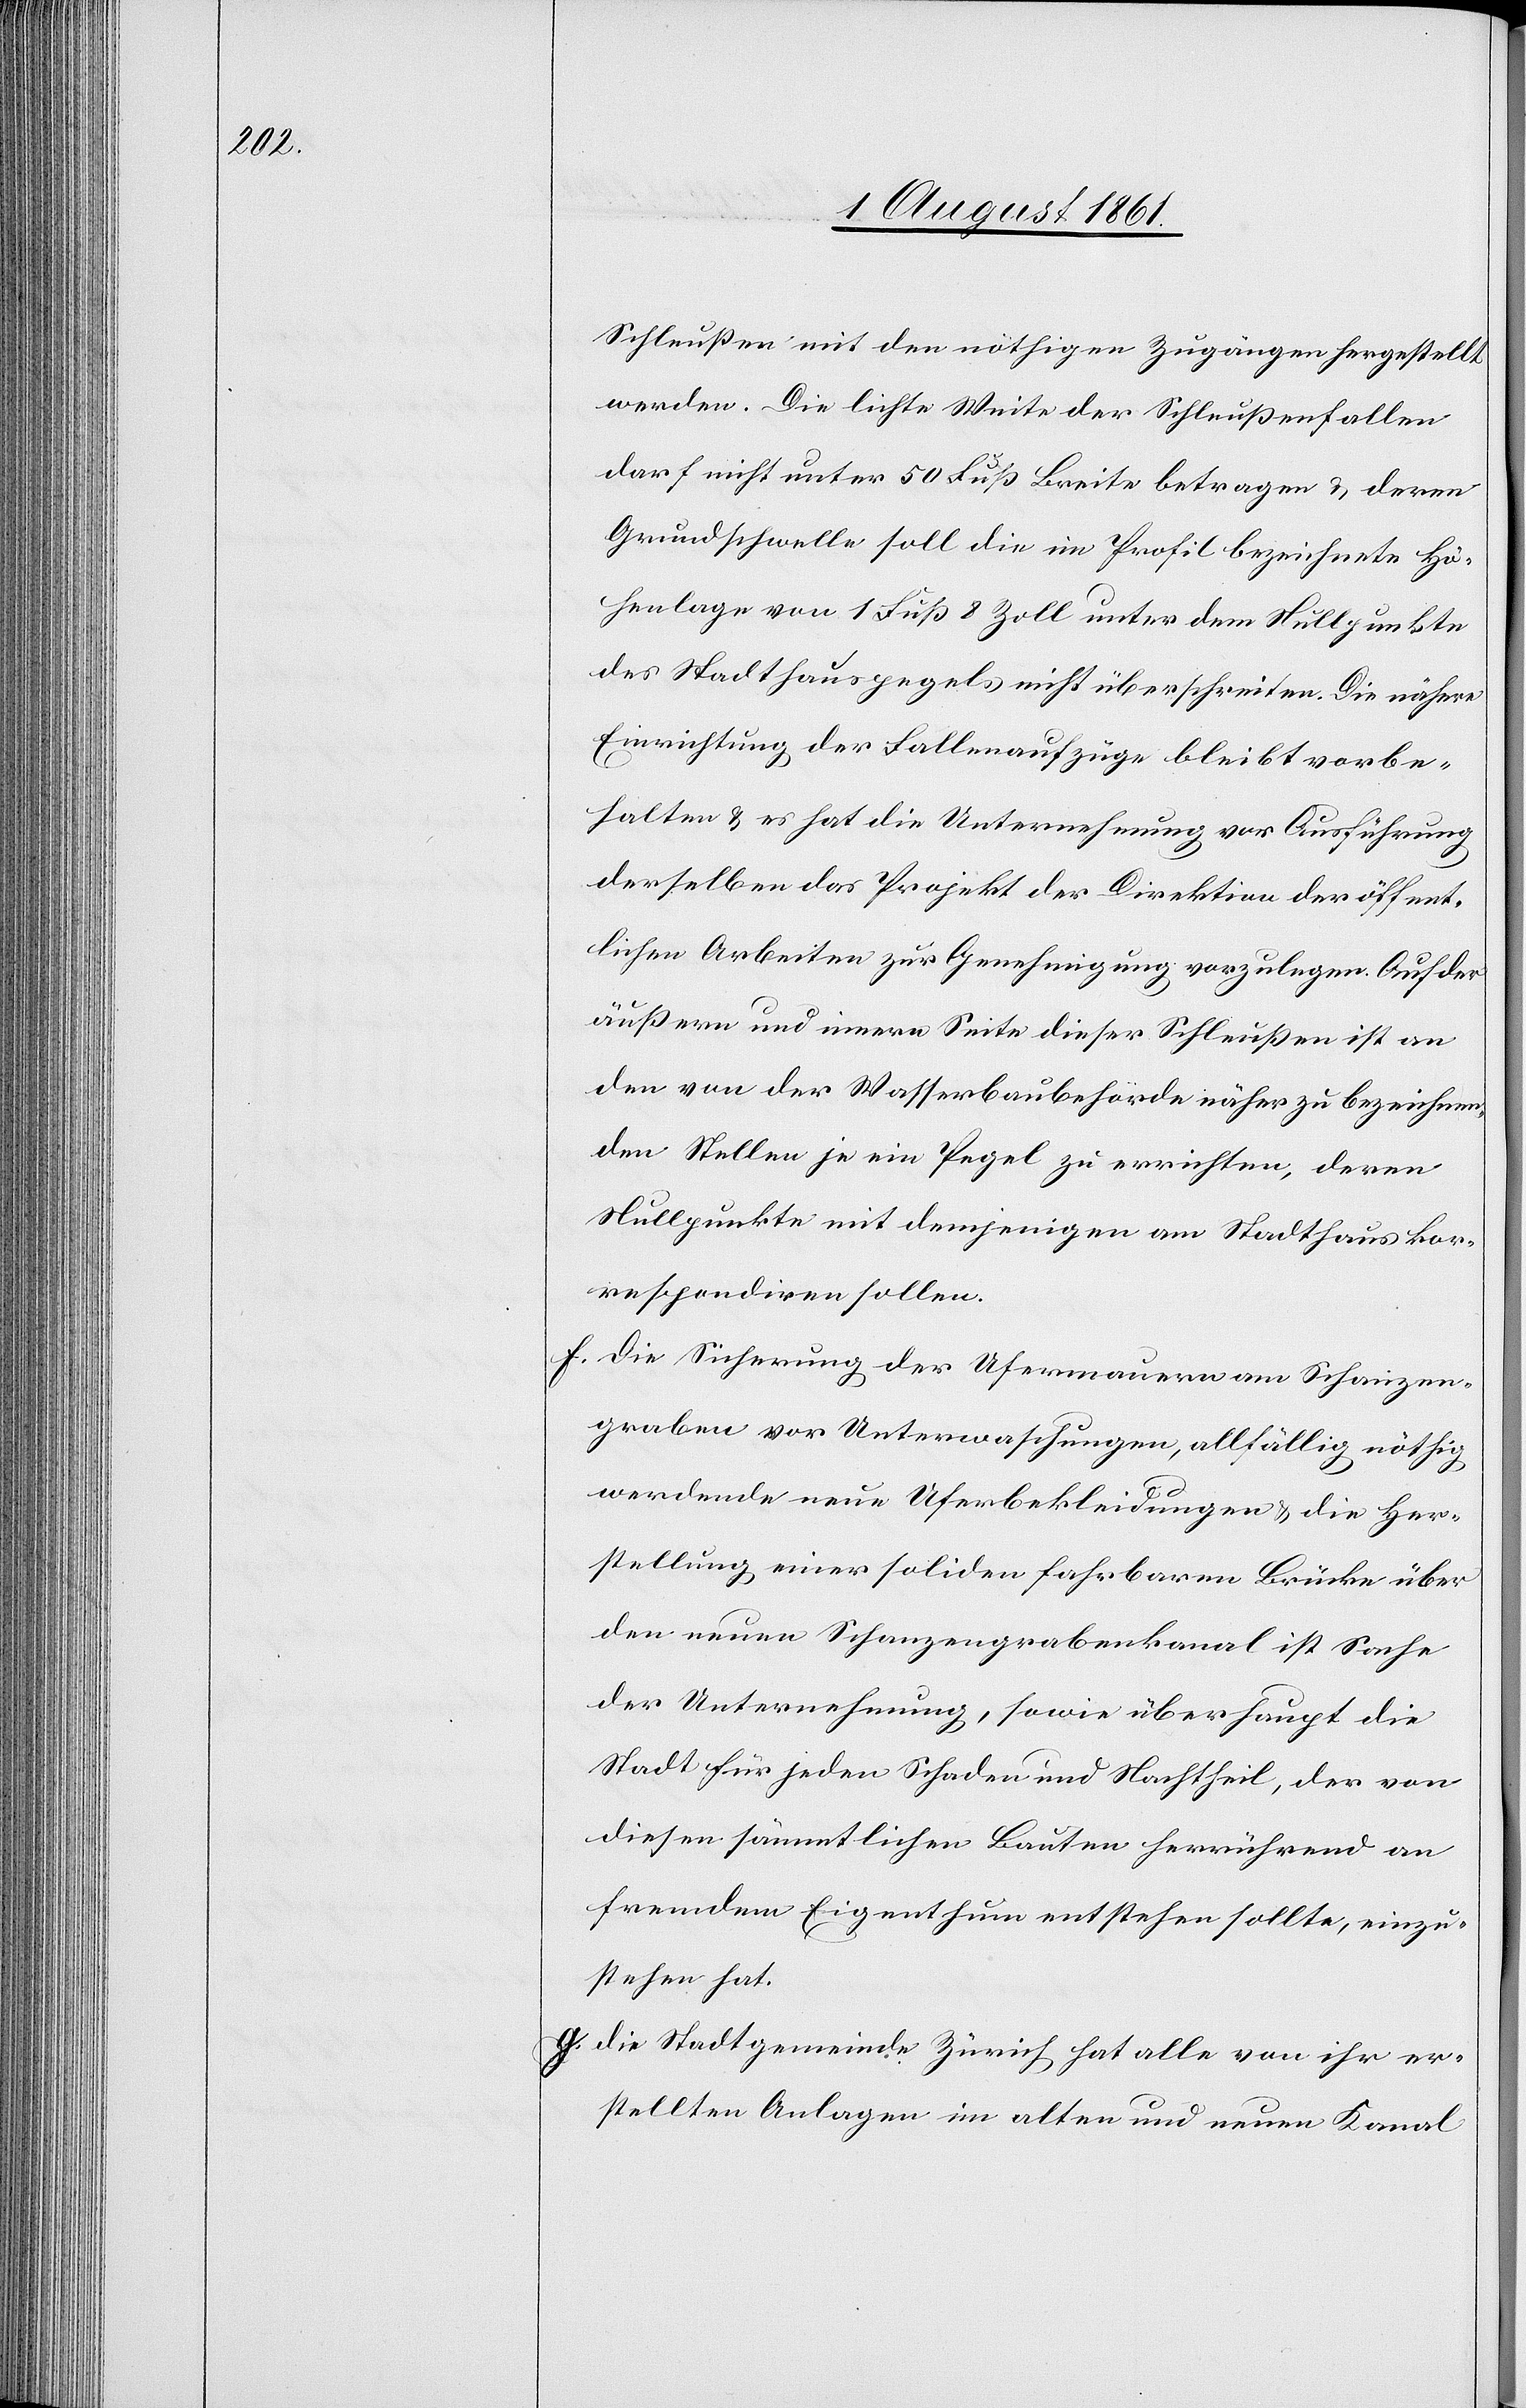
Schleußen mit den nöthigen Zugängen hergestellt
werden. Die lichte Weite der Schleußenfallen
darf nicht unter 50 Fuß Breite betragen u. deren
Grundschwelle soll die im Profil bezeichnete Hö¬
henlage von 1 Fuß 8 Zoll unter dem Nullpunkte
des Stadthauspegels nicht überschreiten. Die nähere
Einrichtung der Fallenaufzüge bleibt vorbe¬
halten u. es hat die Unternehmung vor Ausführung
derselben das Projekt der Direktion der öffent¬
lichen Arbeiten zur Genehmigung vorzulegen. Auf der
äußern und innern Seite dieser Schleußen ist an
den von der Wasserbaubehörde näher zu bezeichnen¬
den Stellen je ein Pegel zu errichten, deren
Nullpunkte mit denjenigen am Stadthaus kor¬
respondiren sollen.
f. die Sicherung der Ufermauern am Schanzen¬
graben vor Unterwaschungen, allfällig nöthig
werdende neue Uferbekleidungen u. die Her¬
stellung einer soliden fahrbaren Brücke über
den neuen Schanzengrabenkanal ist Sache
der Unternehmung, sowie überhaupt die
Stadt für jeden Schaden und Nachtheil, der von
diesen sämmtlichen Bauten herrührend an
fremdem Eigenthum entstehen sollte, einzu¬
stehen hat.
g. die Stadtgemeinde Zürich hat alle von ihr er¬
stellten Anlagen im alten und neuen Kanal